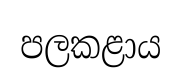
පලකළාය